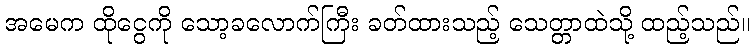
အမေက ထိုငွေကို သော့ခလောက်ကြီး ခတ်ထားသည့် သေတ္တာထဲသို့ ထည့်သည်။